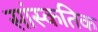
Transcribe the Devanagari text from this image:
सांस्कतिक